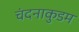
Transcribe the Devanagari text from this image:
चंदनाकुडम